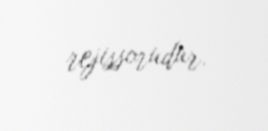
rejissorudur.